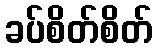
ခပ်စိတ်စိတ်